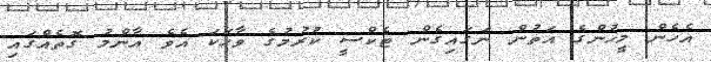
އެހެން މީހުންގެ އަތުން ނަގައިގެން ޓެކްސީ ކުރުމުގެ ވާހަކަ އެވެ އާންމު ގޮތެއްގައި